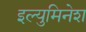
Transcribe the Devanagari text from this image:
इल्युमिनेश